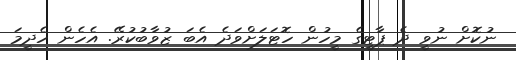
ނުކޮށް ނުވީ ދެ ޕާޓީގެ މީހުން ހޮޓަލަށްވަދެ އެބަ ޒުވާބުކުރޭ. އެހެން ހެދީމަ